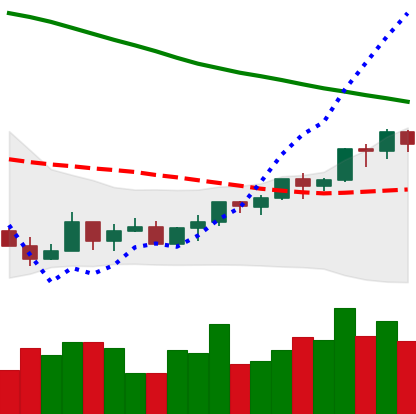
Ticker: LTC-USD
Chart end date: 2022-03-25
Forward return: 5.724%
Label: up_5_7